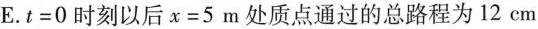
E.$$t = 0$$时刻以后$$x = 5$$m处质点通过的总路程为12cm